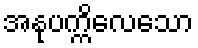
အနုပက္ကိလေသော